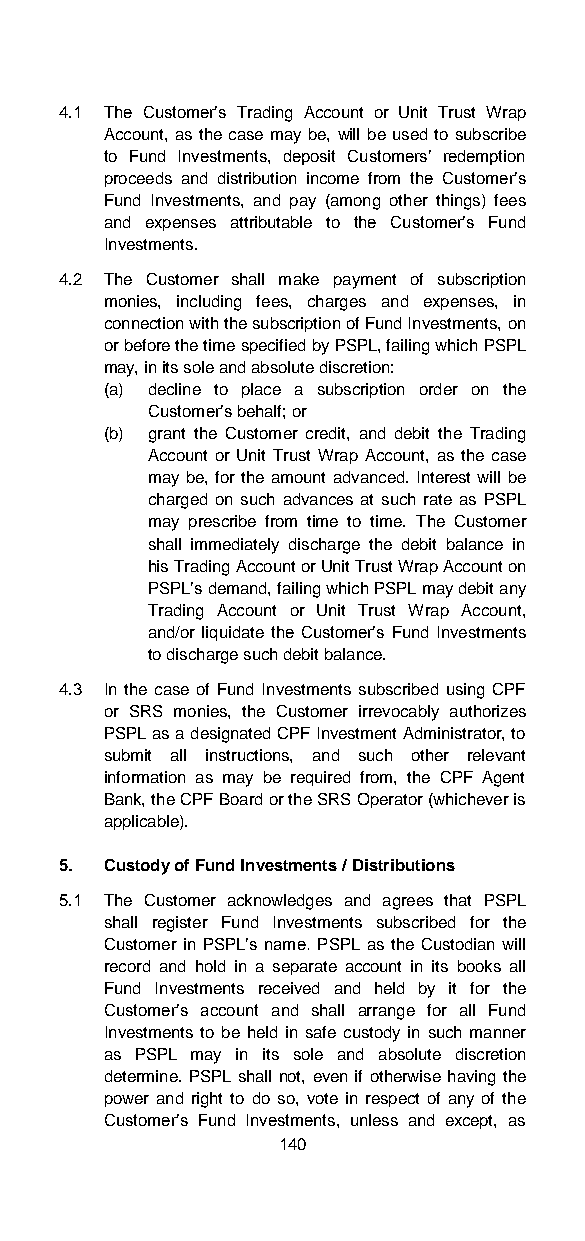
4.1 The Customer’s Trading Account or Unit Trust Wrap
 Account, as the case may be, will be used to subscribe
 to Fund Investments, deposit Customers’ redemption
 proceeds and distribution income from the Customer’s
 Fund Investments, and pay (among other things) fees
 and expenses attributable to the Customer’s Fund
 Investments.
 4.2 The Customer shall make payment of subscription
 monies, including fees, charges and expenses, in
 connection with the subscription of Fund Investments, on
 or before the time specified by PSPL, failing which PSPL
 may, in its sole and absolute discretion:
 (a) decline to place a subscription order on the
 Customer’s behalf; or
 (b) grant the Customer credit, and debit the Trading
 Account or Unit Trust Wrap Account, as the case
 may be, for the amount advanced. Interest will be
 charged on such advances at such rate as PSPL
 may prescribe from time to time. The Customer
 shall immediately discharge the debit balance in
 his Trading Account or Unit Trust Wrap Account on
 PSPL’s demand, failing which PSPL may debit any
 Trading Account or Unit Trust Wrap Account,
 and/or liquidate the Customer’s Fund Investments
 to discharge such debit balance.
 4.3 In the case of Fund Investments subscribed using CPF
 or SRS monies, the Customer irrevocably authorizes
 PSPL as a designated CPF Investment Administrator, to
 submit all instructions, and such other relevant
 information as may be required from, the CPF Agent
 Bank, the CPF Board or the SRS Operator (whichever is
 applicable).
 5. Custody of Fund Investments / Distributions
 5.1 The Customer acknowledges and agrees that PSPL
 shall register Fund Investments subscribed for the
 Customer in PSPL’s name. PSPL as the Custodian will
 record and hold in a separate account in its books all
 Fund Investments received and held by it for the
 Customer’s account and shall arrange for all Fund
 Investments to be held in safe custody in such manner
 as PSPL may in its sole and absolute discretion
 determine. PSPL shall not, even if otherwise having the
 power and right to do so, vote in respect of any of the
 Customer’s Fund Investments, unless and except, as
 140